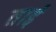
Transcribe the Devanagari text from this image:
ताईं